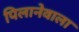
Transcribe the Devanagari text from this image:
पिलानेवाला